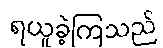
ရယူခဲ့ကြသည်